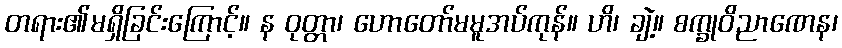
တရား၏မရှိခြင်းကြောင့်။ န ဝုတ္တာ၊ ဟောတော်မမူအပ်ကုန်။ ဟိ၊ ချဲ့။ စက္ခုဝိညာဏေန၊